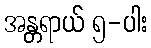
အန္တရာယ် ၅-ပါး